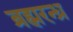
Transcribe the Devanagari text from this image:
ब्रह्मरन्ध्र